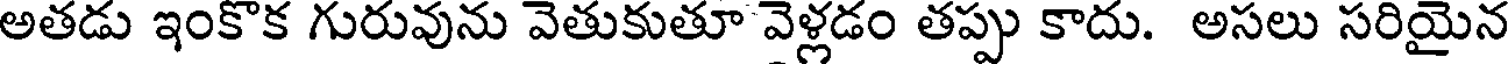
అతడు ఇంకొక గురువును వెతుకుతూ వెళ్లడం తప్పు కాదు. అసలు సరియైన